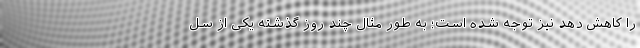
را کاهش دهد نیز توجه شده است؛ به طور مثال چند روز گذشته یکی از سل